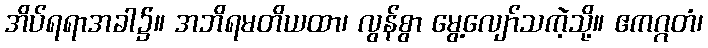
အိပ်ရရာအခါ၌။ အဘိရမတိယထာ၊ လွန်စွာ မွေ့လျော်သကဲ့သို့။ ဧကဂ္ဂတံ၊